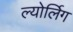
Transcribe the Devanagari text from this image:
ल्योर्लिग